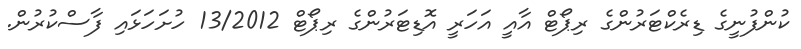
ކުންފުނީގެ ޑިރެކްޓަރުންގެ ރިޕޯޓް އާއީ އަހަރީ އޮޑިޓަރުންގެ ރިޕޯޓް 13/2012 ހުށަހަޅައި ފާސްކުރުން.